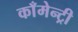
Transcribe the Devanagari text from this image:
काँमेन्ट्री